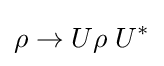
\rho \rightarrow U\rho \;U^{*}